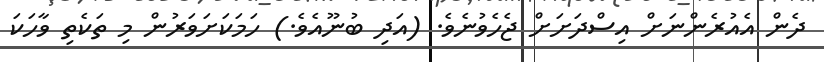
ދެން އެއުރެންނަށް އިސްދަށަށް ޖެހެވުނެވެ. (އަދި ބުނޫއެވެ.) ހަމަކަށަވަރުން މި ތަކެތި ވާހަކަ